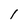
Character: 1